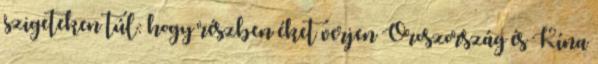
szigeteken túl: hogy részben éket verjen Oroszország és Kína